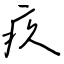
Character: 疚